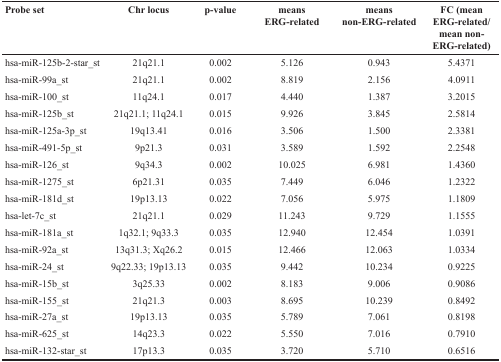
<table><thead><tr><td><b>Probe set</b></td><td><b>Chr locus</b></td><td><b>p-value</b></td><td><b>means ERG-related</b></td><td><b>means non-ERG-related</b></td><td><b>FC (mean ERG-related/mean non-ERG-related)</b></td></tr></thead><tbody><tr><td>hsa-miR-125b-2-star_st</td><td>21q21.1</td><td>0.002</td><td>5.126</td><td>0.943</td><td>5.4371</td></tr><tr><td>hsa-miR-99a_st</td><td>21q21.1</td><td>0.002</td><td>8.819</td><td>2.156</td><td>4.0911</td></tr><tr><td>hsa-miR-100_st</td><td>11q24.1</td><td>0.017</td><td>4.440</td><td>1.387</td><td>3.2015</td></tr><tr><td>hsa-miR-125b_st</td><td>21q21.1; 11q24.1</td><td>0.015</td><td>9.926</td><td>3.845</td><td>2.5814</td></tr><tr><td>hsa-miR-125a-3p_st</td><td>19q13.41</td><td>0.016</td><td>3.506</td><td>1.500</td><td>2.3381</td></tr><tr><td>hsa-miR-491-5p_st</td><td>9p21.3</td><td>0.031</td><td>3.589</td><td>1.592</td><td>2.2548</td></tr><tr><td>hsa-miR-126_st</td><td>9q34.3</td><td>0.002</td><td>10.025</td><td>6.981</td><td>1.4360</td></tr><tr><td>hsa-miR-1275_st</td><td>6p21.31</td><td>0.035</td><td>7.449</td><td>6.046</td><td>1.2322</td></tr><tr><td>hsa-miR-181d_st</td><td>19p13.13</td><td>0.022</td><td>7.056</td><td>5.975</td><td>1.1809</td></tr><tr><td>hsa-let-7c_st</td><td>21q21.1</td><td>0.029</td><td>11.243</td><td>9.729</td><td>1.1555</td></tr><tr><td>hsa-miR-181a_st</td><td>1q32.1; 9q33.3</td><td>0.035</td><td>12.940</td><td>12.454</td><td>1.0391</td></tr><tr><td>hsa-miR-92a_st</td><td>13q31.3; Xq26.2</td><td>0.015</td><td>12.466</td><td>12.063</td><td>1.0334</td></tr><tr><td>hsa-miR-24_st</td><td>9q22.33; 19p13.13</td><td>0.035</td><td>9.442</td><td>10.234</td><td>0.9225</td></tr><tr><td>hsa-miR-15b_st</td><td>3q25.33</td><td>0.002</td><td>8.183</td><td>9.006</td><td>0.9086</td></tr><tr><td>hsa-miR-155_st</td><td>21q21.3</td><td>0.003</td><td>8.695</td><td>10.239</td><td>0.8492</td></tr><tr><td>hsa-miR-27a_st</td><td>19p13.13</td><td>0.035</td><td>5.789</td><td>7.061</td><td>0.8198</td></tr><tr><td>hsa-miR-625_st</td><td>14q23.3</td><td>0.022</td><td>5.550</td><td>7.016</td><td>0.7910</td></tr><tr><td>hsa-miR-132-star_st</td><td>17p13.3</td><td>0.035</td><td>3.720</td><td>5.710</td><td>0.6516</td></tr></tbody></table>